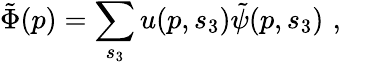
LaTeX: \tilde{\Phi}(p)=\sum_{s_{3}}u(p,s_{3})\tilde{\psi}(p,s_{3})\, \, ,\, \, \, \, \,